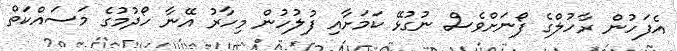
އެފަހުން ރާހުލްގެ ފޯނަށްވެސް ނުގުޅޭ ކަމަށާއި ފުލުހުން މިހާރު އޭނާ ހޯދުމުގެ މަސައްކަތް